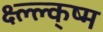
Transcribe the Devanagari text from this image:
क्ष्ल्ल्क्ष्म